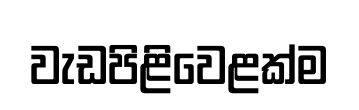
වැඩපිළිවෙළක්ම